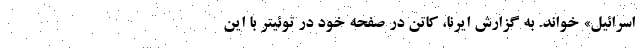
اسرائیل» خواند. به گزارش ایرنا، کاتن در صفحه خود در توئیتر با این